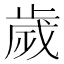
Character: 歲